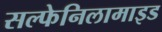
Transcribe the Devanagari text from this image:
सल्फेनिलामाइड